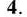
4.